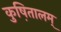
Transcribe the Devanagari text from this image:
कुष़ितालम्